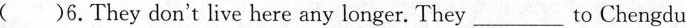
( )6.They don't live here any longer. They_to Chengdu